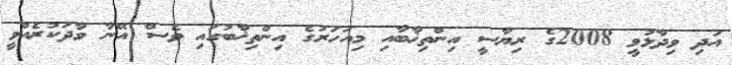
އަދި ވިދާޅުވީ 2008ގެ ރިޔާސީ އިންތިޚާބާއި މިއަހަރުގެ އިންތިޚާބުގައި ވެސް އޭނާ ވާދަކުރެއްވީ